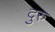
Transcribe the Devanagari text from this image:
दुरु